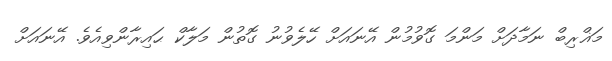
މަޣްރިބް ނަމާދަށް މަންމަ ގޮވުމުން އޭނައަށް ހޭލެވުނު ގޮތުން މަލާކް ޙައިރާންވިއެވެ. އޭނައަށް